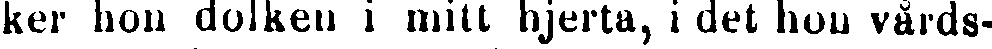
ker hon dolken i mitt hjerta, i det hon vårds-